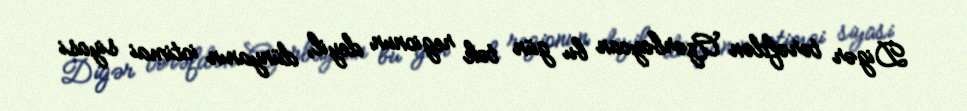
Digər tərəfdən Azərbaycan bu gün tək regionun deyil, dünyanın ictimai siyasi